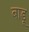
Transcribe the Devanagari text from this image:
बाडू